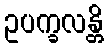
ဥပက္ခလန္တိ